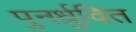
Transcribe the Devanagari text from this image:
पुनर्ध्रुवित